Theory and practice of anti-rabic immunisation - Number 30
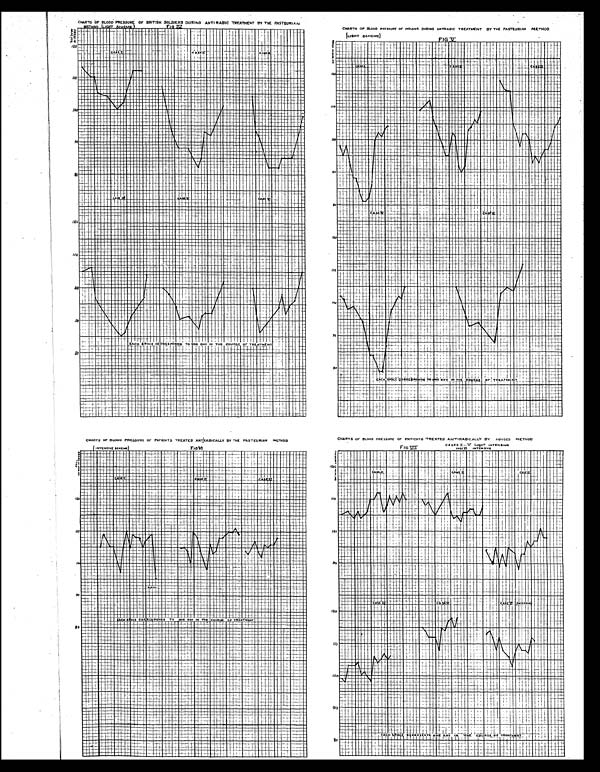
FIG. V.
FIG. VI.
FIG. VII.